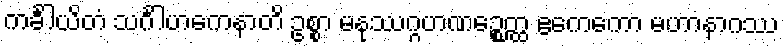
ကင်္ခါယိတံ သင်္ဂါဟကေနာတိ ဥစ္စာ မနုဿဂ္ဂဟဏဉ္စေတ္ထ ဧကေကော မဟာနာဂဿ